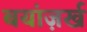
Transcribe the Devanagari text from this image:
बयांज़र्ख